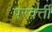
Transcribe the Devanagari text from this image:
परवर्त्ती